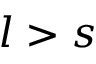
l > s